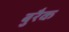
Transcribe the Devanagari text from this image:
बुरैक